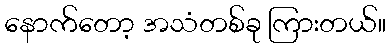
နောက်တော့ အသံတစ်ခု ကြားတယ်။